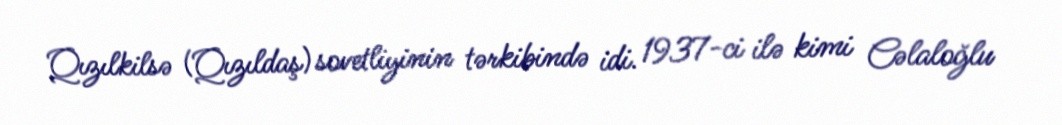
Qızılkilsə (Qızıldaş) sovetliyinin tərkibində idi. 1937-ci ilə kimi Cəlaloğlu